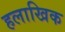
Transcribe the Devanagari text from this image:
हलाखिक